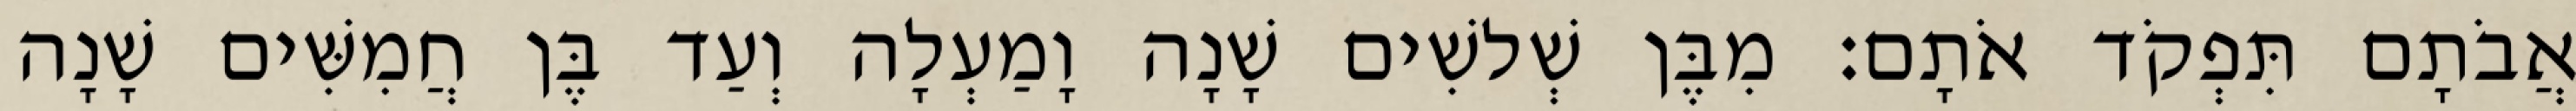
אֲבֹתָם תִּפְקֹד אֹתָם׃ מִבֶּן שְׁלשִׁים שָׁנָה וָמַעְלָה וְעַד בֶּן חֲמִשִּׁים שָׁנָה